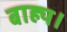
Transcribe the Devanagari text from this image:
बाह्य।